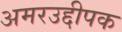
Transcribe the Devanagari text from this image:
अमरउद्दीपक